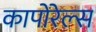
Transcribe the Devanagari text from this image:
कापोरेल्स